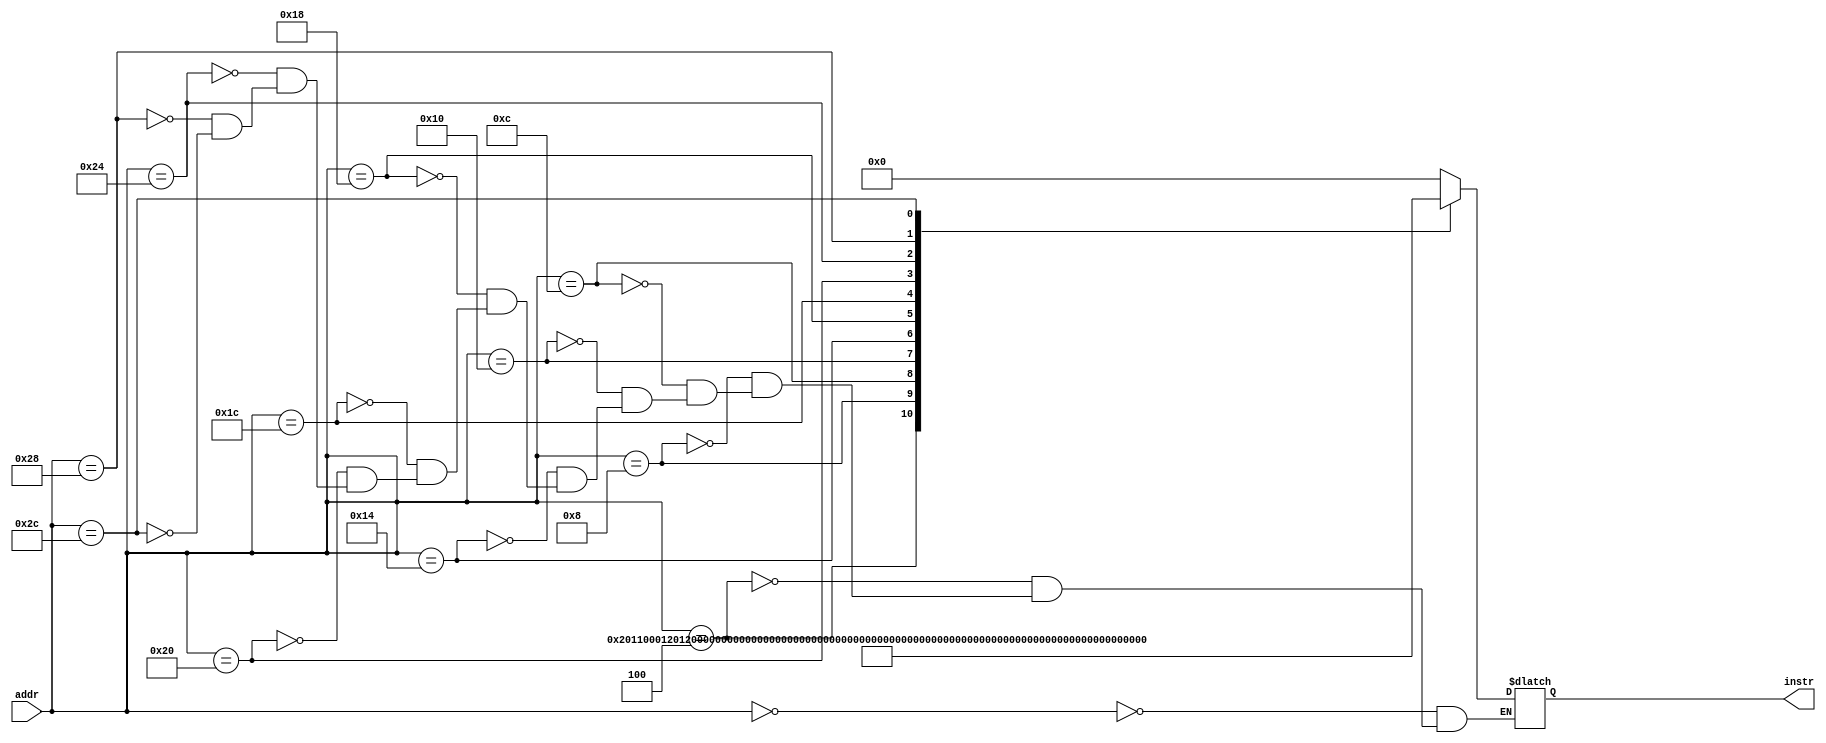
module instr_memory(input [31:0] addr,
	output reg [31:0] instr);
	always @ (addr)
        case (addr)
								
		32'h00000000: instr <= 32'h00000000;

		32'h00000004: instr <= 32'b001000_00000_10001_0000000000000001; // addi $s0, $s1, 1h 

		32'h00000008: instr <= 32'b001000_00000_10010_0000000000000010; // addi $s0, $s2, 2h  

		32'h0000000C: instr <= 32'b001000_00000_10100_0000000000001010; // addi $s0, $s4, Ah 

		32'h00000010: instr <= 32'b001111_00000_10101_0000000000000001; // lui $s5, 1h ($s0)     s5  100h 

		32'h00000014: instr <= 32'b001111_00000_10110_0000000000000001; // lui $s6, 1h ($s0)     s6  100h 

		32'h00000018: instr <= 32'b000000_10001_10010_10011_00000_100000; // add $s3, $s1, $s2  s1  s2    s3 	

		32'h0000001C: instr <= 32'b001000_10111_10111_0000000000000001; // addi $s7, $s7, 1h s7 = s3+1 										START

		32'h00000020: instr <= 32'b101011_00000_10111_0000000000000011; // sw $s0, 3 ($s0)      s7

		32'h00000024: instr <= 32'b000100_10100_10111_0000000000101100; // beq $s4, $s7, 2Ch   FINAL

		32'h00000028: instr <= 32'b000100_10100_10111_0000000000011100; // jump to 1Ch   START

		32'h0000002C: instr <= 32'b001011_00000_10100_0000001000001001; // sw $s0, 4 ($s0)      s4 	

	endcase
		
endmodule